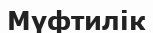
Мүфтилік